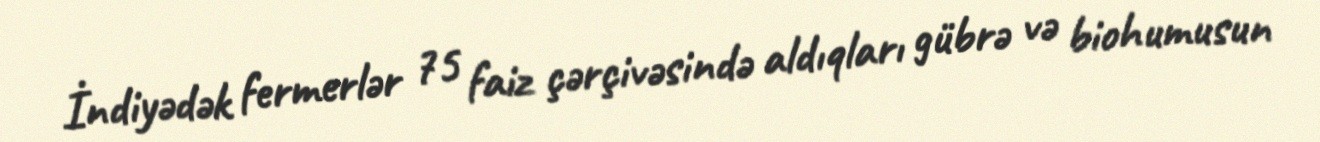
İndiyədək fermerlər 75 faiz çərçivəsində aldıqları gübrə və biohumusun